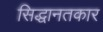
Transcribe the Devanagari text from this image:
सिद्धानतकार